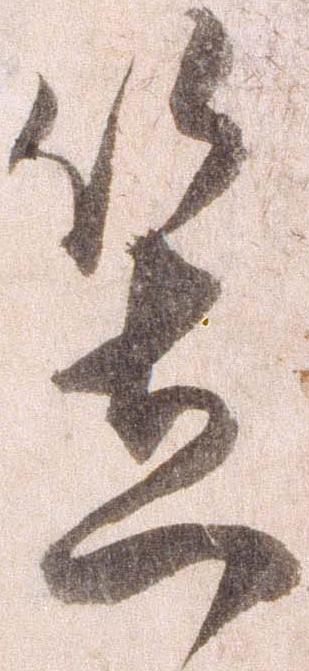
笠